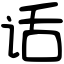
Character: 话